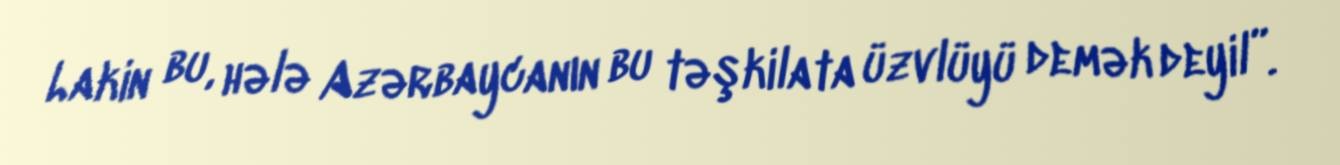
Lakin bu, hələ Azərbaycanın bu təşkilata üzvlüyü demək deyil”.